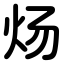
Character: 炀